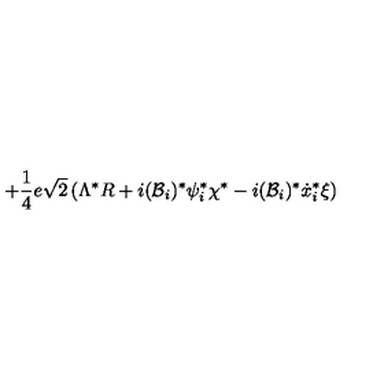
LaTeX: + \frac { 1 } { 4 } e \sqrt { 2 } \left( \Lambda ^ { * } R + i ( { \cal { B } } _ { i } ) ^ { * } \psi _ { i } ^ { * } \chi ^ { * } - i ( { \cal { B } } _ { i } ) ^ { * } \dot { x } _ { i } ^ { * } \xi \right)